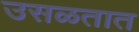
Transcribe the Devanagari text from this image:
उसळतात